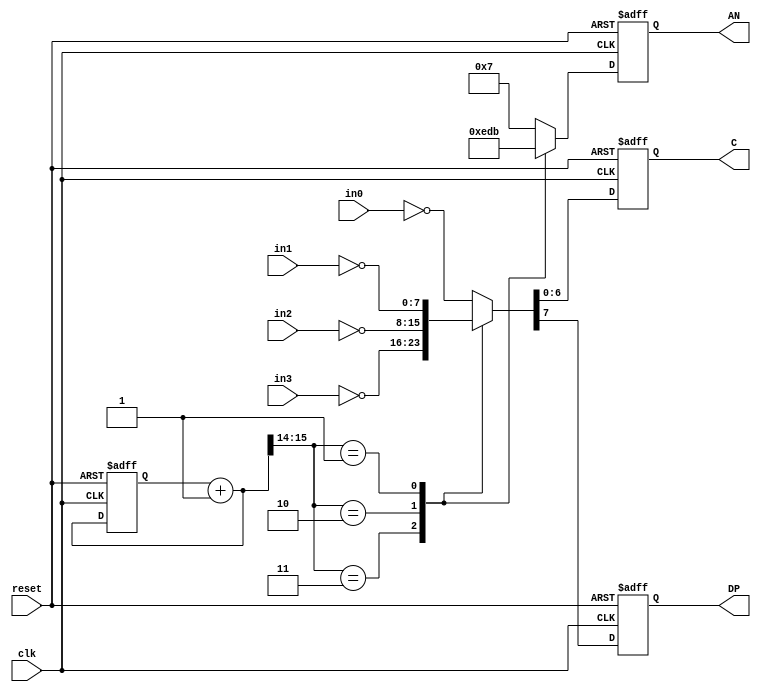
`timescale 1ns / 1ps
//////////////////////////////////////////////////////////////////////////////////
//
//
//	Description:	 Displays pre-formatted 7-segment LED arrays on the Nexys3.
//						 Takes 4 8-bit input buses, where in0 maps to AN[0], and so on.
//
//////////////////////////////////////////////////////////////////////////////////
module led_driver(
    input clk,					// 100MHz
	 input reset,
    input [7:0] in0, in1, in2, in3,
    output reg [3:0] AN,	// Denotes which segment is active (1-hot encoded)
    output reg [6:0] C,		// Signals to which LEDs are active (G:A)
    output reg DP				// Decimal point
    );

	// We must cycle over each of the 4 7-segment LEDs at a rate
	// between 1kHz and 60Hz, refreshing the current segment.
	reg [15:0] count;

	always @(posedge clk or posedge reset)
		if (reset) begin
			// Reset count, draw "- - - -"
			count = 0;
			AN = 4'b0;
			C = 7'b0111111;
			DP = 1'b1;
		end else begin
			count = count + 1'b1;
			case (count[15:14])
				3:			begin AN = 4'b1110; {DP,C} = ~in3; end	// active low
				2:			begin AN = 4'b1101; {DP,C} = ~in2; end
				1:			begin AN = 4'b1011; {DP,C} = ~in1; end
				default: begin AN = 4'b0111; {DP,C} = ~in0; end
			endcase
		end

endmodule